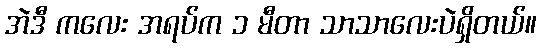
အဲဒီ ကလေး အရပ်က ၁ မီတာ သာသာလေးပဲရှိတယ်။